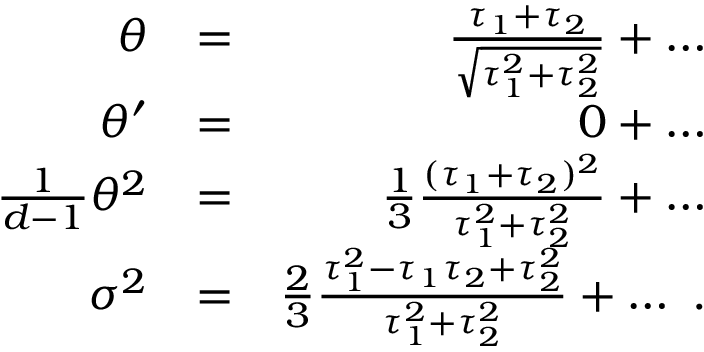
\begin{array} { r l r } { \theta } & { = } & { \frac { \tau _ { 1 } + \tau _ { 2 } } { \sqrt { \tau _ { 1 } ^ { 2 } + \tau _ { 2 } ^ { 2 } } } + \ldots } \\ { \theta ^ { \prime } } & { = } & { 0 + \ldots } \\ { \frac { 1 } { d - 1 } \theta ^ { 2 } } & { = } & { \frac { 1 } { 3 } \frac { ( \tau _ { 1 } + \tau _ { 2 } ) ^ { 2 } } { { \tau _ { 1 } ^ { 2 } + \tau _ { 2 } ^ { 2 } } } + \ldots } \\ { \sigma ^ { 2 } } & { = } & { \frac { 2 } { 3 } \frac { \tau _ { 1 } ^ { 2 } - \tau _ { 1 } \tau _ { 2 } + \tau _ { 2 } ^ { 2 } } { \tau _ { 1 } ^ { 2 } + \tau _ { 2 } ^ { 2 } } + \ldots \ . } \end{array}